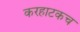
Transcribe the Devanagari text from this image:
करहाटकच